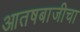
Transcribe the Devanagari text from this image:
आतषबाजीचा